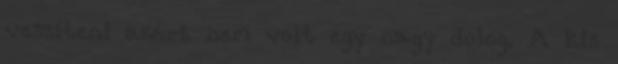
veszíteni azért nem volt egy nagy dolog. A kis